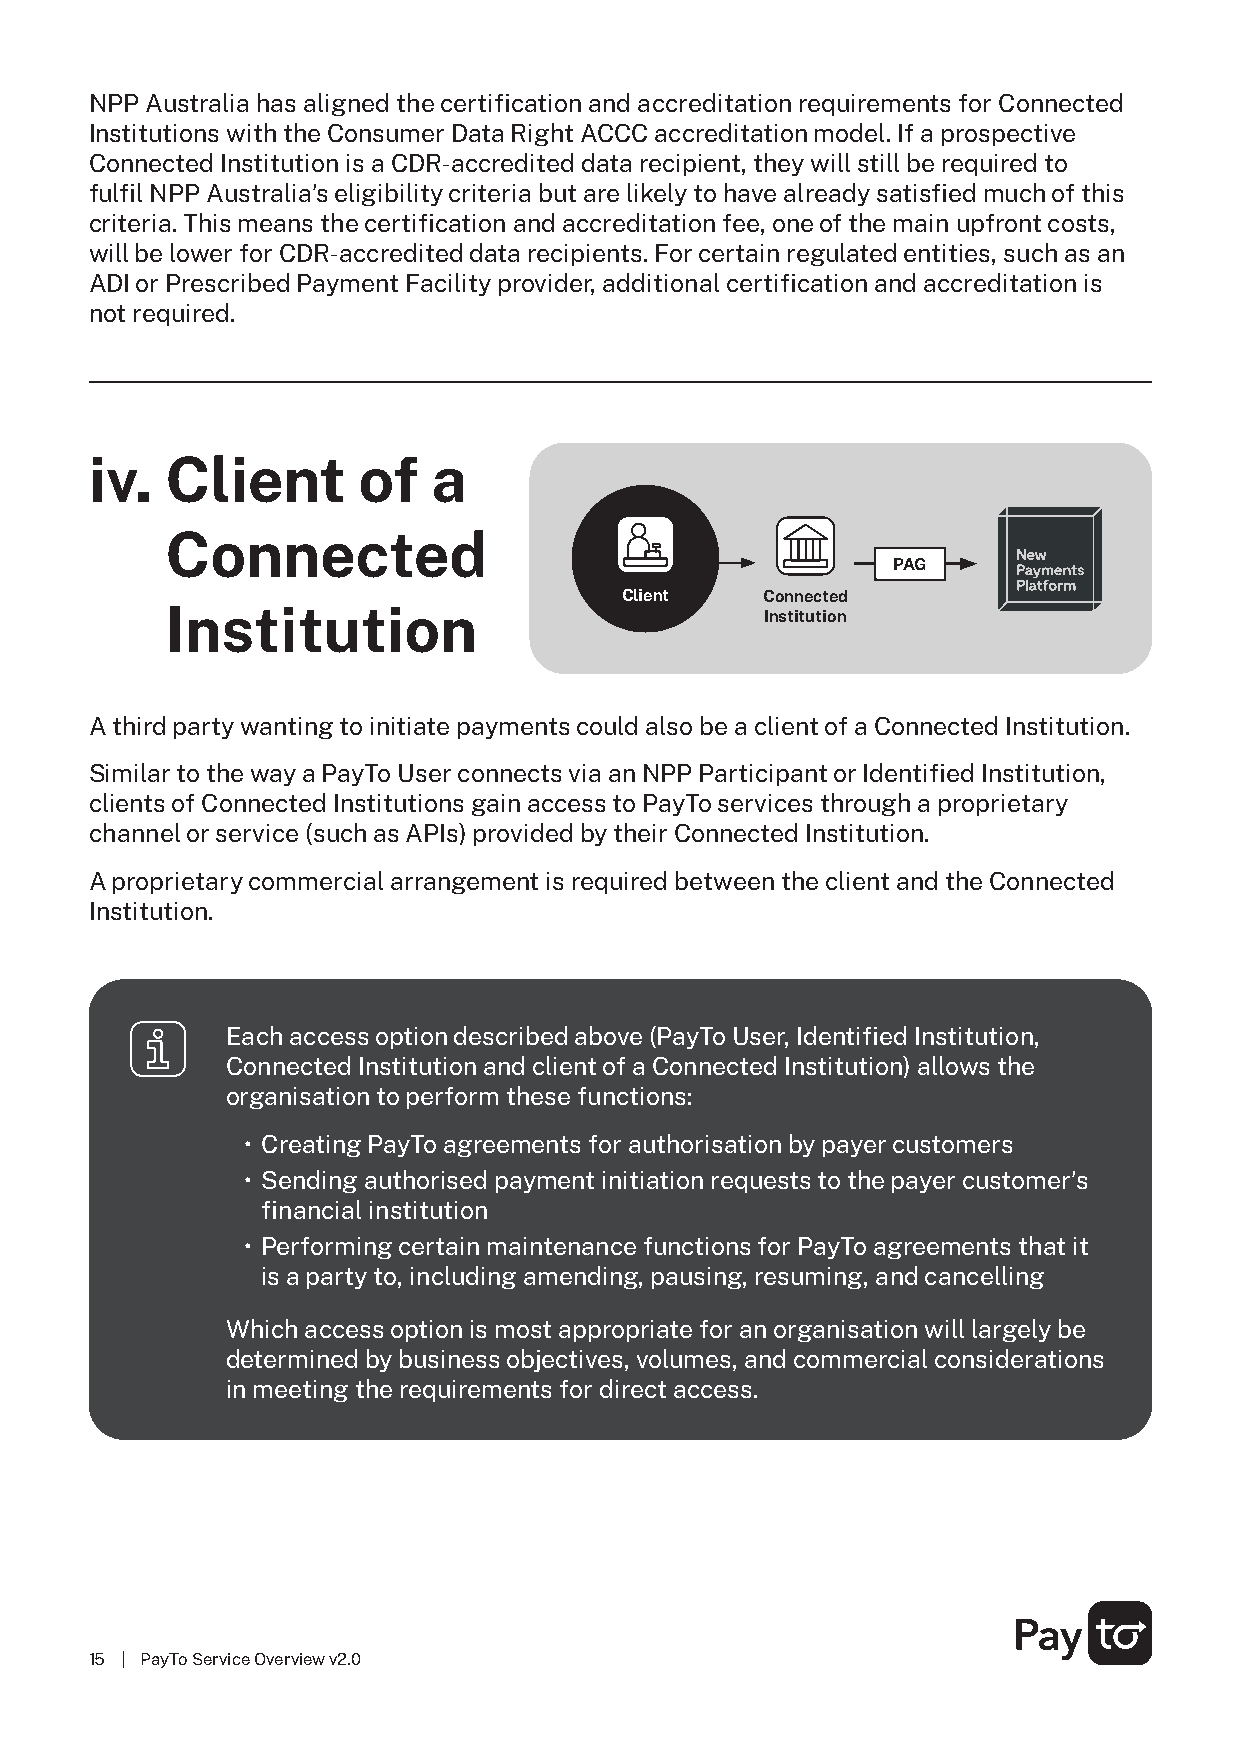
NPP Australia has aligned the certification and accreditation requirements for Connected
 Institutions with the Consumer Data Right ACCC accreditation model. If a prospective
 Connected Institution is a CDR-accredited data recipient, they will still be required to
 fulfil NPP Australia’s eligibility criteria but are likely to have already satisfied much of this
 criteria. This means the certification and accreditation fee, one of the main upfront costs,
 will be lower for CDR-accredited data recipients. For certain regulated entities, such as an
 ADI or Prescribed Payment Facility provider, additional certification and accreditation is
 not required.
 iv.  Client       of   a
 Connected
 PAG
 Client   Connected
 Institution                             Institution
 A third party wanting to initiate payments could also be a client of a Connected Institution.
 Similar to the way a PayTo User connects via an NPP Participant or Identified Institution,
 clients of Connected Institutions gain access to PayTo services through a proprietary
 channel or service (such as APIs) provided by their Connected Institution.
 A proprietary commercial arrangement is required between the client and the Connected
 Institution.
 Each access option described above (PayTo User, Identified Institution,
 Connected Institution and client of a Connected Institution) allows the
 organisation to perform these functions:
 • Creating PayTo agreements for authorisation by payer customers
 • Sending authorised payment initiation requests to the payer customer’s
 financial institution
 • Performing certain maintenance functions for PayTo agreements that it
 is a party to, including amending, pausing, resuming, and cancelling
 Which access option is most appropriate for an organisation will largely be
 determined by business objectives, volumes, and commercial considerations
 in meeting the requirements for direct access.
 15 | PayTo Service Overview v2.0